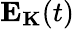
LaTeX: \mathbf{E}_{\mathbf{K}}(t)